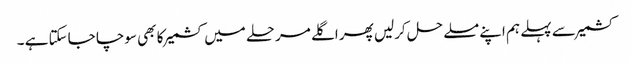
کشمیر سے پہلے ہم اپنے مسلے حل کرلیں پھر اگلے مرحلے میں کشمیر کا بھی سوچا جاسکتا ہے ۔